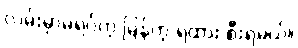
လမ်းမှာမရပ်တဲ့ မြန်တဲ့ ရထား စီးရမယ်။